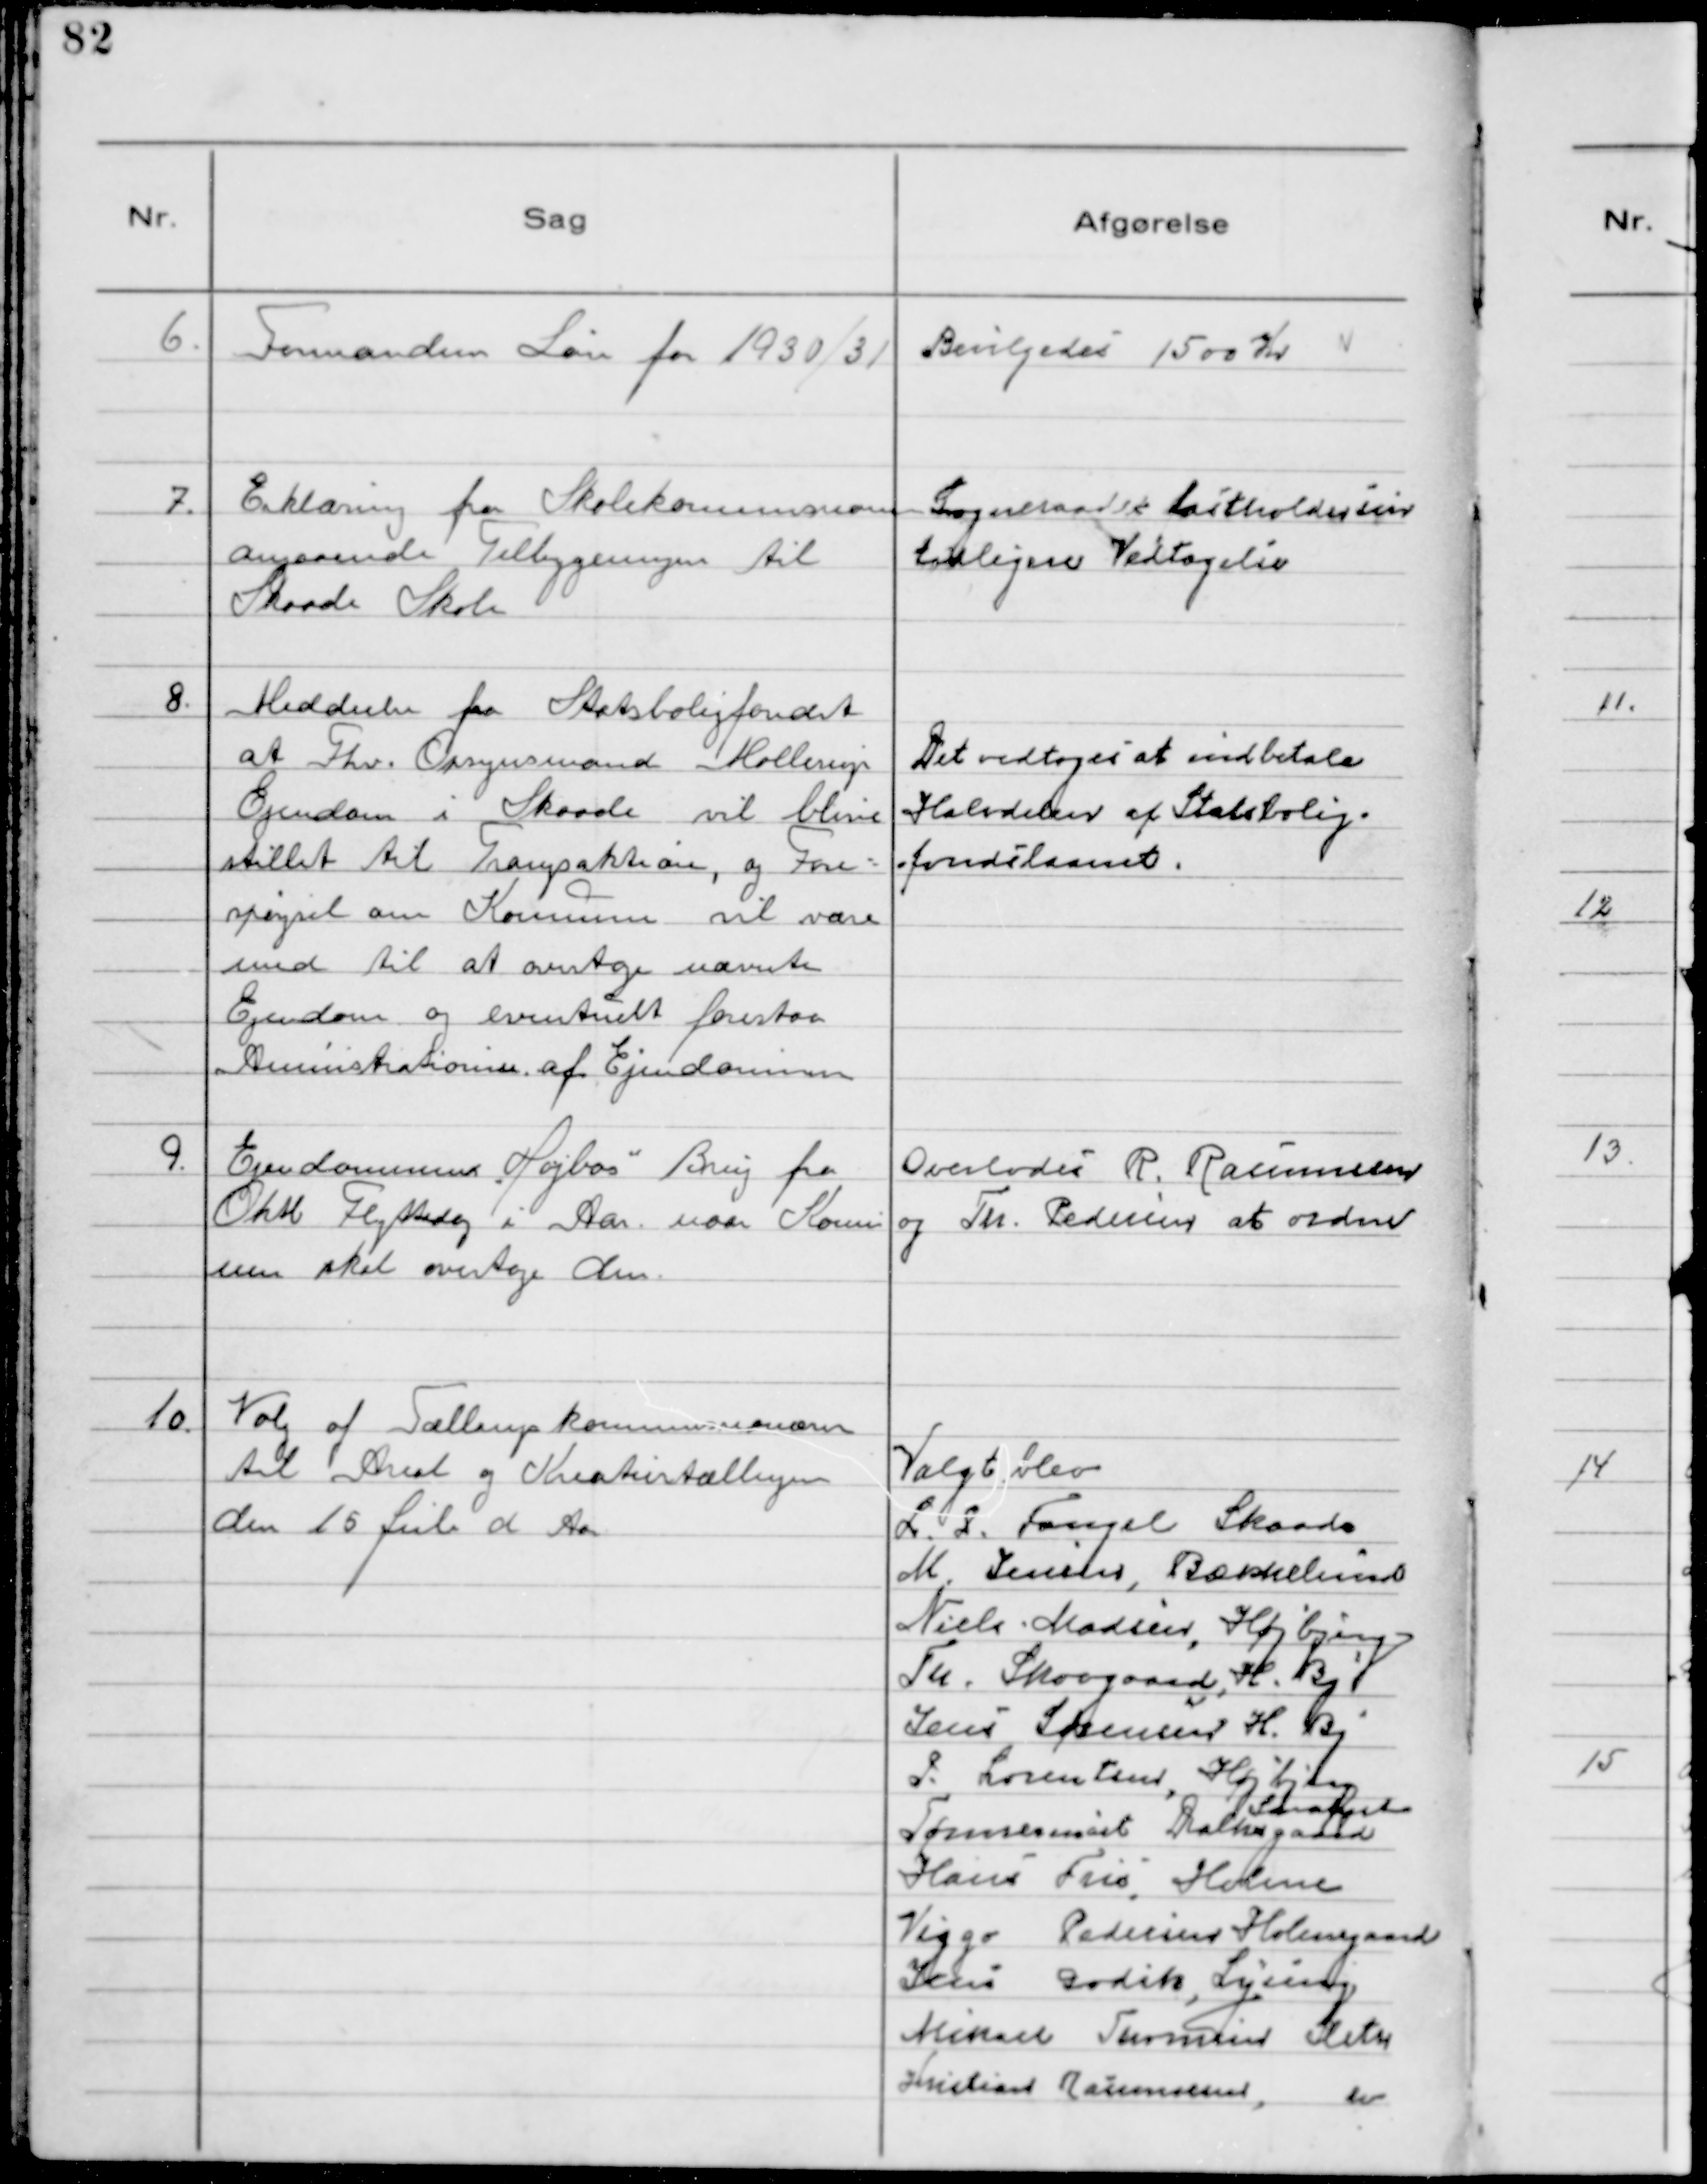
Transskription:
6. Formanden Løn for 1930/31

Bevilgedes 1500 Kr

7. Erklæring fra Skolekommisionen
angaaende Tilbygningen til
Skaade Skole

Sogneraadet fastholder sin
tidligere Vedtagelse

8. Meddeelse fra Statsboligfondet
at Fhv. Opsynsmand Mollerups
Ejendom i Skaade vil blive
stillet til Tvangsaktion, og Fore-
spørgsel om Kommunen vil være
med til at overtage nævnte
Ejendom og eventuelt forestaa
Aministrationen af Ejendommen

Det vedtoges at indbetale
Halvdelen af Statsbolig-
fondslaanet.

9. Ejendommen "Højbos" Brug fra
Oktb Flyttedag i Aar naar Kommu
nen skal overtage den.

Overlodes R. Rasmussen
og Th. Pedersen at ordne

10. Valg af Tællingskommunenævn
til Areal og Kreaturtællingen
den 15 Juli d Aar

Valgt blev
L.P. Fangel Skaade
M. Jensen, Bækkelund
Niels Madsen, Højbjerg
Th. Skovgaard, H. By
Jens Sørensen H. By
L. Lorentsen, Højbjerg
Tømrermest Dalhsgaard
Saralyst
Hans Fris, Holme
Viggo Pedersen Holmegaard
Jens Godik, Lyseng
Mikael Turman Sleth
Kristian Rasmussen, do